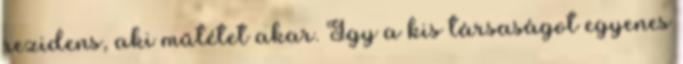
rezidens, aki műtétet akar. Így a kis társaságot egyenes